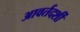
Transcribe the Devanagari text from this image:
आवर्तदर्शी